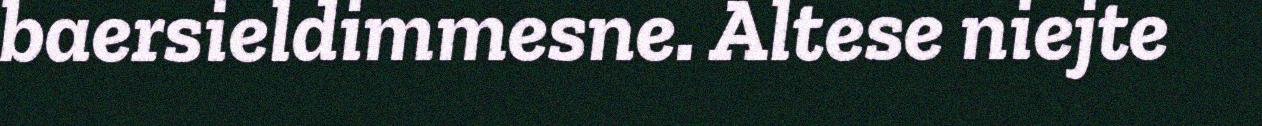
baersieldimmesne. Altese niejte